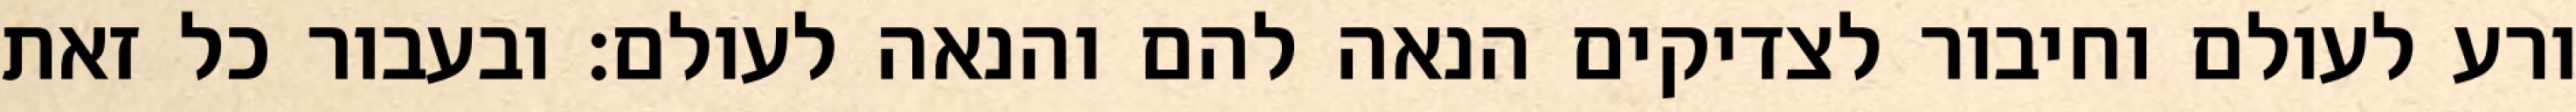
ורע לעולם וחיבור לצדיקים הנאה להם והנאה לעולם: ובעבור כל זאת